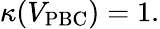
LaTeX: \kappa(V_{\mathrm{PBC}})=1.